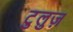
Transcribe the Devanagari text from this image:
टुलुज़